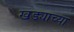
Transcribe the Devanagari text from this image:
खड्याच्या